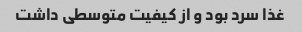
غذا سرد بود و از کیفیت متوسطی داشت